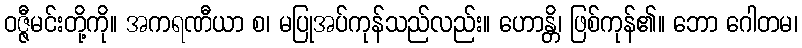
ဝဇ္ဇီမင်းတို့ကို။ အကရဏီယာ စ၊ မပြုအပ်ကုန်သည်လည်း။ ဟောန္တိ၊ ဖြစ်ကုန်၏။ ဘော ဂေါတမ၊